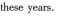
these years.